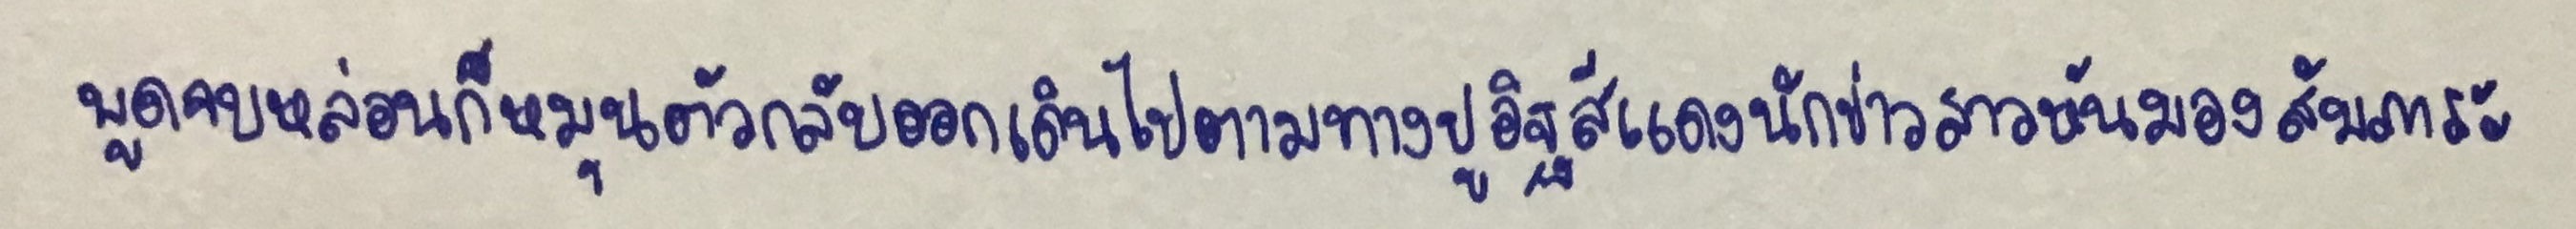
พูดจบหล่อนก็หมุนตัวกลับออกเดินไปตามทางปูอิฐสีแดงนักข่าวสาวหันมองสัมภาระ